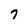
Character: 7